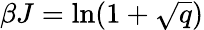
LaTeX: \beta J=\ln(1+{\sqrt{q}})